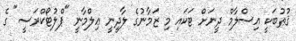
ޤުޠުބަކީ އިސްލާމް ދީނަށް ޓަކައި މި ޒަމާނުގެ ލާދީނީ ޢިލްމާނީ "ޕްލުޓޯކްރަސީ" ގެ